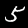
Label: 5